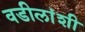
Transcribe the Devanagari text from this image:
वडीलांशी